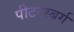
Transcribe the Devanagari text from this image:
पीटरस्बर्ग